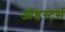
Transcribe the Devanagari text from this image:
ऑइस्टर्स